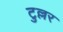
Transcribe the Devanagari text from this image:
टुल्लर